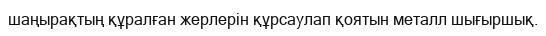
шаңырақтың құралған жерлерін құрсаулап қоятын металл шығыршық.